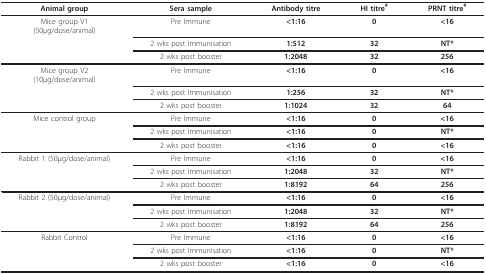
<table><thead><tr><td><b>Animal group</b></td><td><b>Sera sample</b></td><td><b>Antibody titre</b></td><td><b>HI titre<sup>#</sup></b></td><td><b>PRNT titre<sup>#</sup></b></td></tr></thead><tbody><tr><td>Mice group V1(50μg/dose/animal)</td><td>Pre Immune</td><td><b>&lt;1:16</b></td><td><b>0</b></td><td><b>&lt;16</b></td></tr><tr><td></td><td>2 wks post Immunisation</td><td><b>1:512</b></td><td><b>32</b></td><td><b>NT*</b></td></tr><tr><td></td><td>2 wks post booster</td><td><b>1:2048</b></td><td><b>32</b></td><td><b>256</b></td></tr><tr><td>Mice group V2(10μg/dose/animal)</td><td>Pre Immune</td><td><b>&lt;1:16</b></td><td><b>0</b></td><td><b>&lt;16</b></td></tr><tr><td></td><td>2 wks post Immunisation</td><td><b>1:256</b></td><td><b>32</b></td><td><b>NT*</b></td></tr><tr><td></td><td>2 wks post booster</td><td><b>1:1024</b></td><td><b>32</b></td><td><b>64</b></td></tr><tr><td>Mice control group</td><td>Pre Immune</td><td><b>&lt;1:16</b></td><td><b>0</b></td><td><b>&lt;16</b></td></tr><tr><td></td><td>2 wks post Immunisation</td><td><b>&lt;1:16</b></td><td><b>0</b></td><td><b>NT*</b></td></tr><tr><td></td><td>2 wks post booster</td><td><b>&lt;1:16</b></td><td><b>0</b></td><td><b>&lt;16</b></td></tr><tr><td>Rabbit 1 (50μg/dose/animal)</td><td>Pre Immune</td><td><b>&lt;1:16</b></td><td><b>0</b></td><td><b>&lt;16</b></td></tr><tr><td></td><td>2 wks post Immunisation</td><td><b>1:2048</b></td><td><b>32</b></td><td><b>NT*</b></td></tr><tr><td></td><td>2 wks post booster</td><td><b>1:8192</b></td><td><b>64</b></td><td><b>256</b></td></tr><tr><td>Rabbit 2 (50μg/dose/animal)</td><td>Pre Immune</td><td><b>&lt;1:16</b></td><td><b>0</b></td><td><b>&lt;16</b></td></tr><tr><td></td><td>2 wks post Immunisation</td><td><b>1:2048</b></td><td><b>32</b></td><td><b>NT*</b></td></tr><tr><td></td><td>2 wks post booster</td><td><b>1:8192</b></td><td><b>64</b></td><td><b>256</b></td></tr><tr><td>Rabbit Control</td><td>Pre Immune</td><td><b>&lt;1:16</b></td><td><b>0</b></td><td><b>&lt;16</b></td></tr><tr><td></td><td>2 wks post Immunisation</td><td><b>&lt;1:16</b></td><td><b>0</b></td><td><b>NT*</b></td></tr><tr><td></td><td>2 wks post booster</td><td><b>&lt;1:16</b></td><td><b>0</b></td><td><b>&lt;16</b></td></tr></tbody></table>